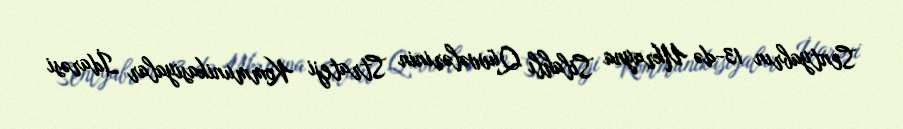
Sentyabrın 13-də Ukrayna Silahlı Qüvvələrinin Strateji Kommunikasiyalar İdarəsi